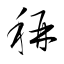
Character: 稱